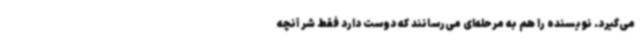
می‌گیرد. نویسنده را هم به مرحله‌ای می‌رسانند که دوست دارد فقط شر آنچه